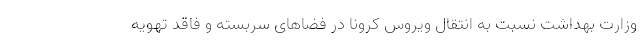
وزارت بهداشت نسبت به انتقال ویروس کرونا در فضاهای سربسته و فاقد تهویه